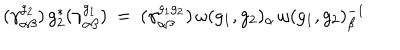
( \gamma _ { \alpha \beta } ^ { g _ { 2 } } ) \, g _ { 2 } ^ { * } ( \gamma _ { \alpha \beta } ^ { g _ { 1 } } ) \: = \: ( \gamma _ { \alpha \beta } ^ { g _ { 1 } g _ { 2 } } ) \, \omega ( g _ { 1 } , g _ { 2 } ) _ { \alpha } \, \omega ( g _ { 1 } , g _ { 2 } ) _ { \beta } ^ { - 1 }